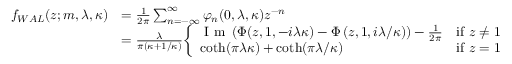
{ \begin{array} { r l } { f _ { W A L } ( z ; m , \lambda , \kappa ) } & { = { \frac { 1 } { 2 \pi } } \sum _ { n = - \infty } ^ { \infty } \varphi _ { n } ( 0 , \lambda , \kappa ) z ^ { - n } } \\ & { = { \frac { \lambda } { \pi ( \kappa + 1 / \kappa ) } } { \left\{ \begin{array} { l l } { { \textrm { I m } } \left( \Phi ( z , 1 , - i \lambda \kappa ) - \Phi \left( z , 1 , i \lambda / \kappa \right) \right) - { \frac { 1 } { 2 \pi } } } & { { \mathrm { i f ~ } } z \neq 1 } \\ { \coth ( \pi \lambda \kappa ) + \coth ( \pi \lambda / \kappa ) } & { { \mathrm { i f ~ } } z = 1 } \end{array} \right. } } \end{array} }